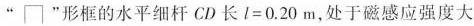
”\sqcap”形框的水平细杆CD长1=0.20m，处于磁感应强度大